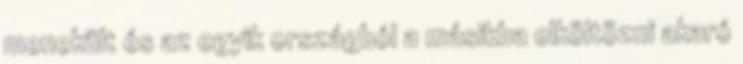
menekült és az egyik országból a másikba elköltözni akaró